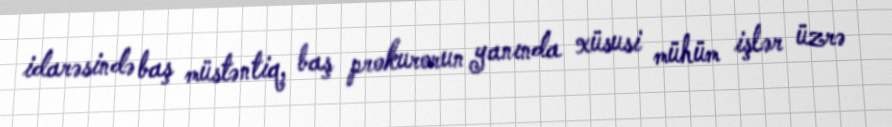
idarəsində baş müstəntiq, baş prokurorun yanında xüsusi mühüm işlər üzrə